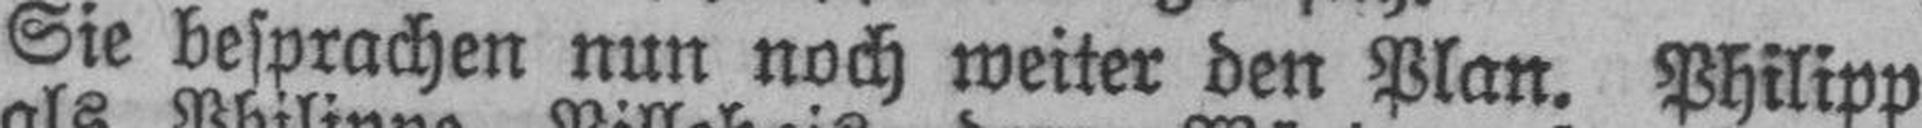
Sie besprachen nun noch weiter den Plan. Philipp